Annual report on the working of the lock hospitals in the Central Provinces
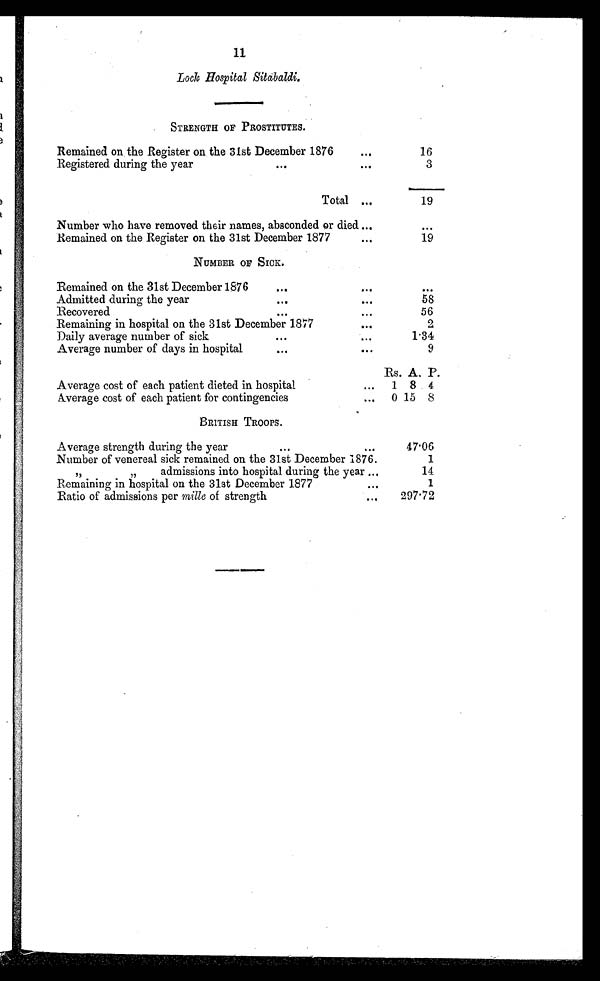
11
Lock Hospital Sitabaldi.
STRENGTH OF PROSTITUTES.
Remained on the Register on the 31st December 1876
...
16
Registered during the year
...
. . .
3
Total ...
19
Number who have removed their names, absconded or died ...
. . .
Remained on the Register on the 31st December 1877
...
19
NUMBER OF SICK.
Remained on the 31st December 1876
... ...
. . .
Admitted during the year
...
.
. .
58
Recovered
...
..I
56
Remaining in hospital on the 31st December 1877
. . .
2
Daily average number of sick
...
. . .
1.34
Average number of days in hospital
...
...
9
Rs. A. P.
Average cost of each patient dieted in hospital
... 1 8 4
Average cost of each patient for contingencies
... 0 15 8
BRITISH TROOPS.
Average strength during the year
...
. . .
47.06
Number of venereal sick remained on the 31st December 1876.
1
". . . "
admissions into hospital during the year ...
14
Remaining in hospital on the 31st December 1877
. . .
1
Ratio of admissions per mille of strength
. . .
297.72